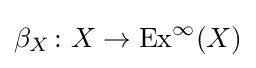
\beta _{X}\colon X\rightarrow \operatorname {Ex} ^{\infty }(X)